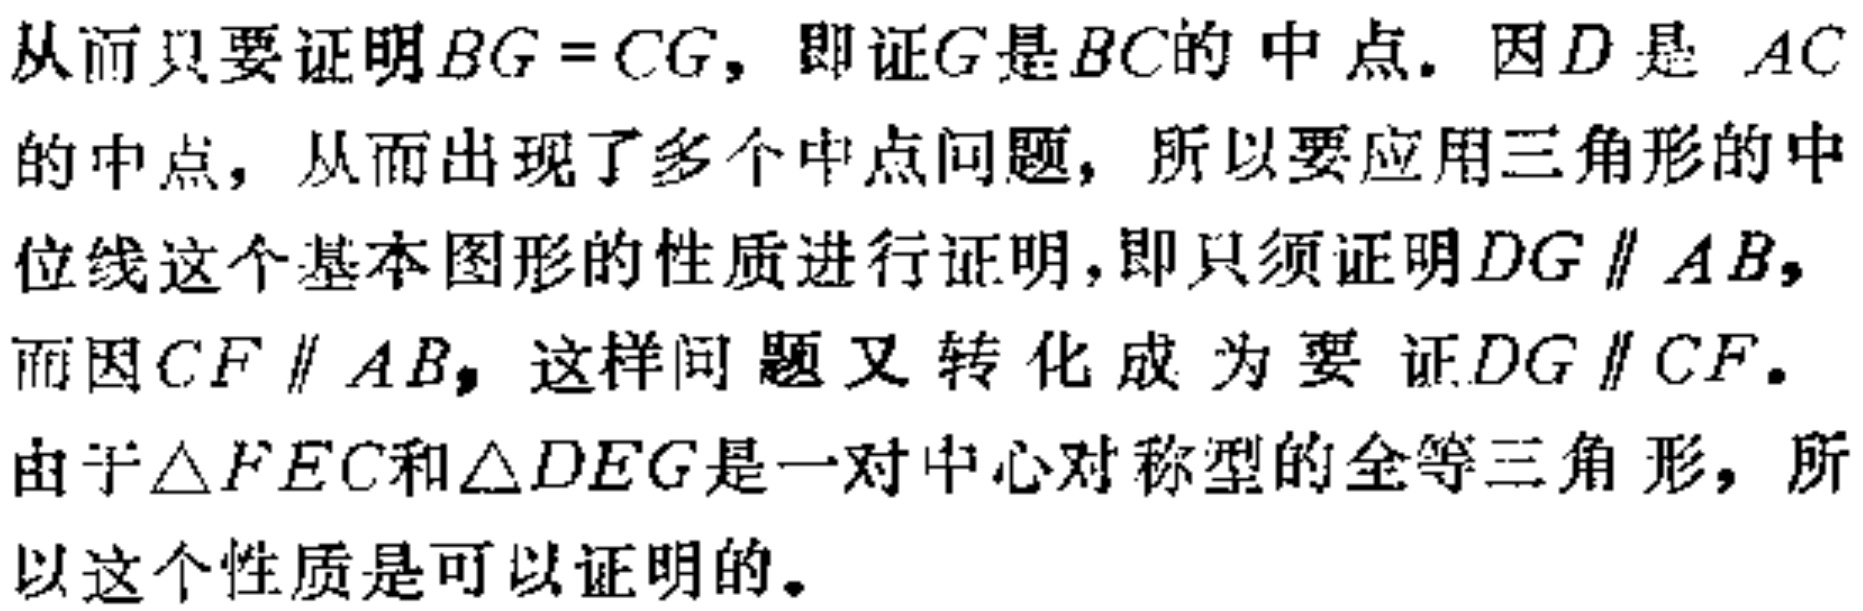
从而只要证明\(BG = CG\)，即证\(G\)是 \(BC\)的中点. 因\(D\)是 \(AC\)的中点，从而出现了多个中点问题，所以要应用三角形的中位线这个基本图形的性质进行证明，即只须证明\(DG \parallel AB\)，而因\(CF \parallel AB\)，这样问题又转化成为要证\(DG \parallel CF\). 由于\(\triangle FEC\)和\(\triangle DEG\)是一对中心对称型的全等三角形，所以这个性质是可以证明的。